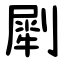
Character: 㓾